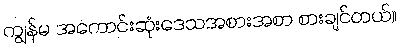
ကျွန်မ အကောင်းဆုံးဒေသအစားအစာ စားချင်တယ်။